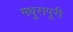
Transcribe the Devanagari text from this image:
मधुरापुरी